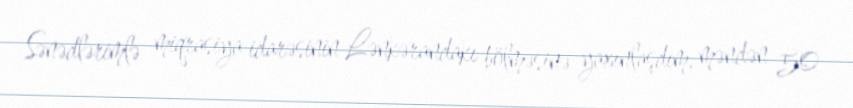
Sənədlərimlə miqrasiya idarəsinin Lənkərandakı bölməsinə yaxınlaşdım, məndən 50